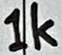
Text: 1k